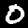
Label: 0